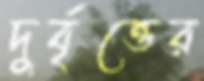
দুর্বৃত্তের